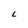
Character: L